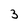
Character: 3